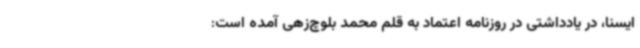
ایسنا، در یادداشتی در روزنامه اعتماد به قلم محمد بلوچ‌زهی آمده است: